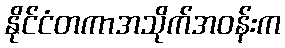
နိုင်ငံတကာအသိုက်အဝန်းက